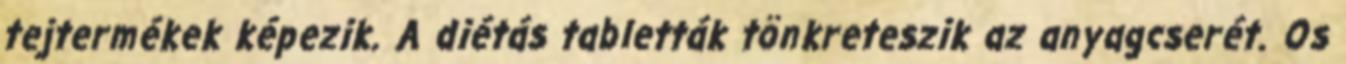
tejtermékek képezik. A diétás tabletták tönkreteszik az anyagcserét. Os